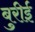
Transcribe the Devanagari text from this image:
बुरीई